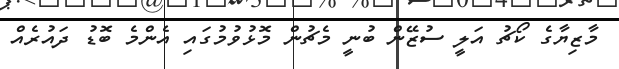
މާޒިޔާގެ ކޯޗު އަލީ ސުޒޭން ބުނީ މެޗުން މޮޅުވުމުގައި އެންމެ ބޮޑު ދައުރެއް